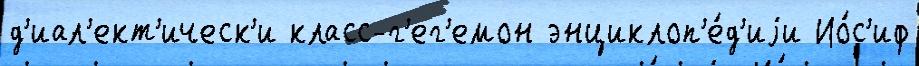
д'иал'ект'ическ'и класс-г'ег'емон энциклоп'е́д'иjи Ио́с'иф